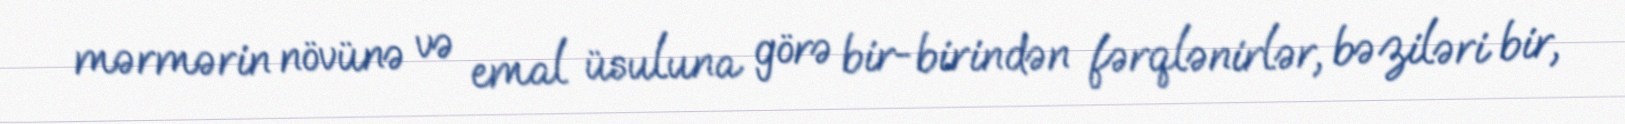
mərmərin növünə və emal üsuluna görə bir-birindən fərqlənirlər, bəziləri bir,